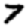
Digit: 7